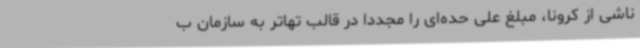
ناشی از کرونا، مبلغ علی حده‌ای را مجددا در قالب تهاتر به سازمان ب